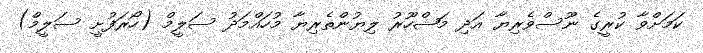
ކަމަށްވާ ކުރީގެ ނޫސްވެރިޔާ އަދި މަޝްހޫރު ލިޔުންތެރިޔާ މުހައްމަދު ސަލީމް (ހޯރަފުށީ ސަލީމް)